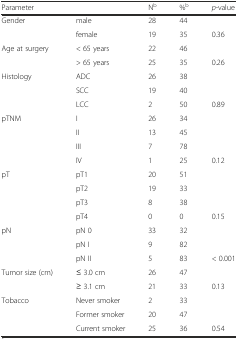
| Parameter |  | Nb | %b | p-value |
 | --- | --- | --- | --- | --- |
 | Gender | male | 28 | 44 |  |
 |  | female | 19 | 35 | 0.36 |
 | Age at surgery | < 65 years | 22 | 46 |  |
 |  | > 65 years | 25 | 35 | 0.26 |
 | Histology | ADC | 26 | 38 |  |
 |  | SCC | 19 | 40 |  |
 |  | LCC | 2 | 50 | 0.89 |
 | pTNM | I | 26 | 34 |  |
 |  | II | 13 | 45 |  |
 |  | III | 7 | 78 |  |
 |  | IV | 1 | 25 | 0.12 |
 | pT | pT1 | 20 | 51 |  |
 |  | pT2 | 19 | 33 |  |
 |  | pT3 | 8 | 38 |  |
 |  | pT4 | 0 | 0 | 0.15 |
 | pN | pN 0 | 33 | 32 |  |
 |  | pN I | 9 | 82 |  |
 |  | pN II | 5 | 83 | < 0.001 |
 | Tumor size (cm) | ≤ 3.0 cm | 26 | 47 |  |
 |  | ≥ 3.1 cm | 21 | 33 | 0.13 |
 | Tobacco | Never smoker | 2 | 33 |  |
 |  | Former smoker | 20 | 47 |  |
 |  | Current smoker | 25 | 36 | 0.54 |